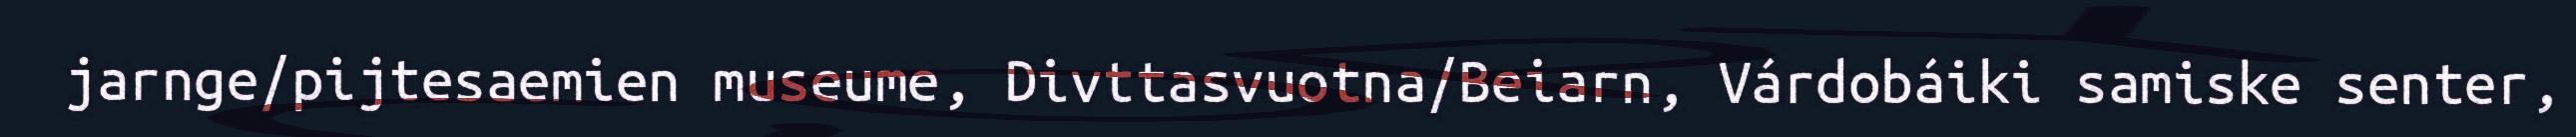
jarnge/pijtesaemien museume, Divttasvuotna/Beiarn, Várdobáiki samiske senter,